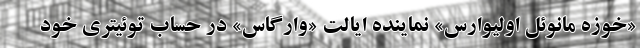
«خوزه مانوئل اولیوارس» نماینده ایالت «وارگاس» در حساب توئیتری خود